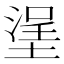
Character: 塣